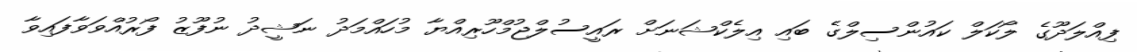
ފިއްލަދޫގެ ލޯކަލް ކައުންސިލްގެ ބައި އިލެކްޝަނަށް ރައީސުލްޖުމްހޫރިއްޔާ މުހައްމަދު ނަޝީދު ނުފޫޒު ފޯރުއްވަވާފައިވާ